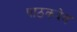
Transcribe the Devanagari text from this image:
पाठकदेव